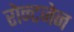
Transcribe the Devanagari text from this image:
रोन्टजेन